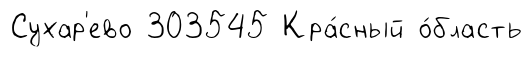
Сухар'ево 303545 Кра́сный о́бласть